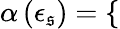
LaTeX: \alpha\left(\epsilon_{\mathfrak{s}}\right)=\left\{ \begin{array}{rlrl}\end{array}\right.